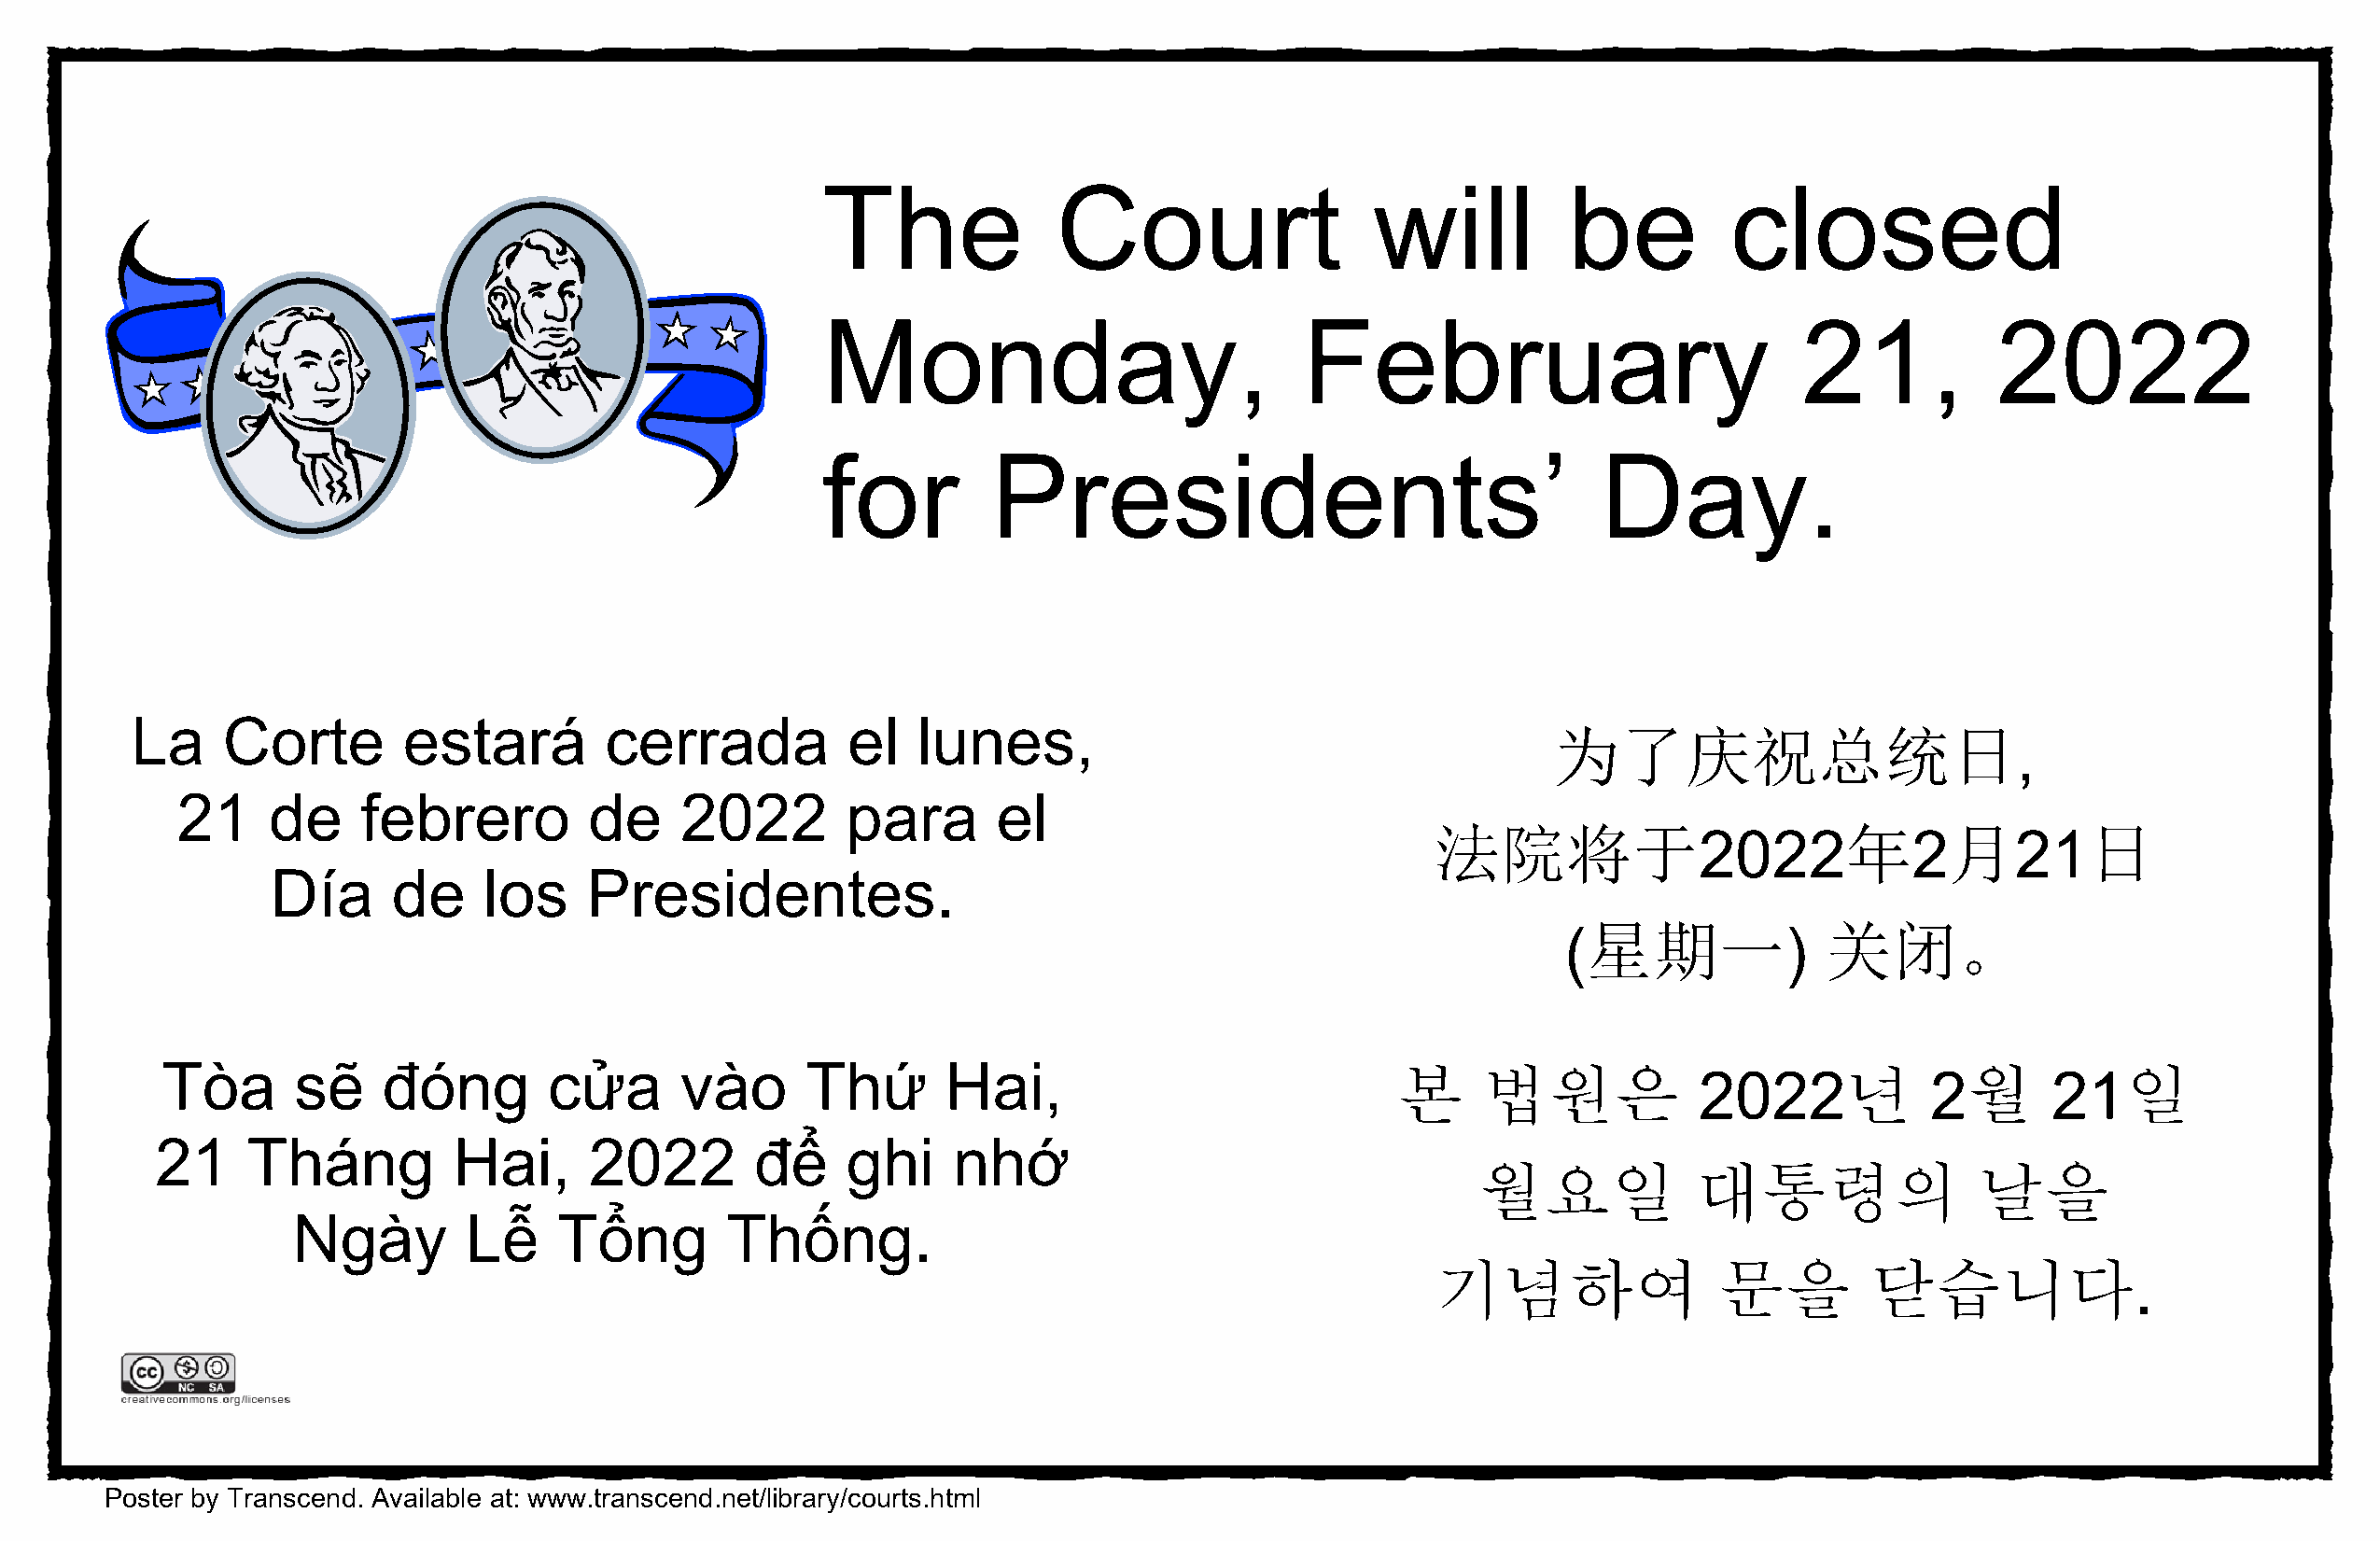
The              Court                 will          be          closed
 Monday,                           February                            21,           2022
 for         Presidents’                                 Day.
 La     Corte        estará        cerrada          el   lunes,                                       为了庆祝总统日
 ,
 21    de     febrero         de    2022        para       el
 法院将于                         年      月         日
 2022            2      21
 Día      de    los     Presidentes.
 星期一             关闭。
 (               )
 Tòa       sẽ    đóng        cửa      vào      Thứ       Hai,                            본     법원은                       년        월          일
 2022             2        21
 21     Tháng         Hai,      2022        để    ghi     nhớ
 월요일            대통령의                날을
 Ngày        Lễ     Tổng        Thống.
 기념하여                문을         닫습니다
 .
 Poster by Transcend. Available at: www.transcend.net/library/courts.html